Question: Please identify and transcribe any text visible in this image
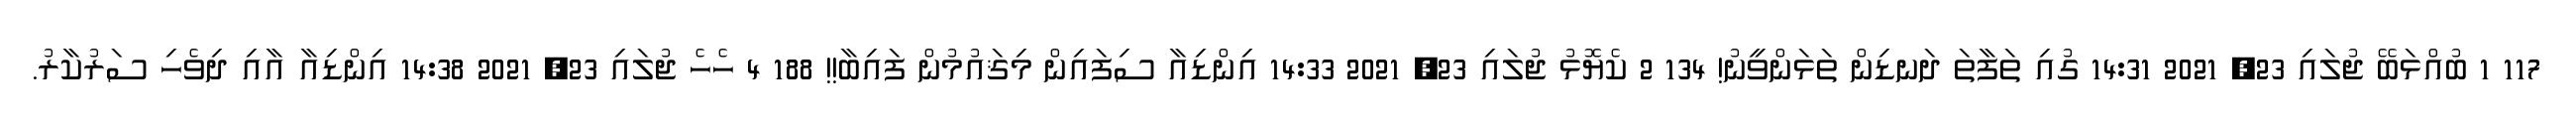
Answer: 117 1 ބުއްޅަބޭ ޖުލައި 23, 2021 14:31 ގުއި ތަފާތަ ދަނޑިން ތަޅަންވީނު! 134 2 ކެޔޮޅު ޖުލައި 23, 2021 14:33 އިންޑިއާ ސިފައިން މިޤައުމުން ފައިބާ!! 188 4 ހެހެ ޖުލައި 23, 2021 14:38 އިންޑިއާ އާއި ދިވެހި ސަރުކާރު.